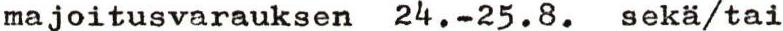
majoitusvarauksen 24.-25.8. sekä/tai